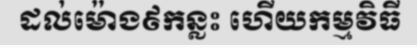
ដល់ម៉ោង៩កន្លះ ហើយកម្មវិធី